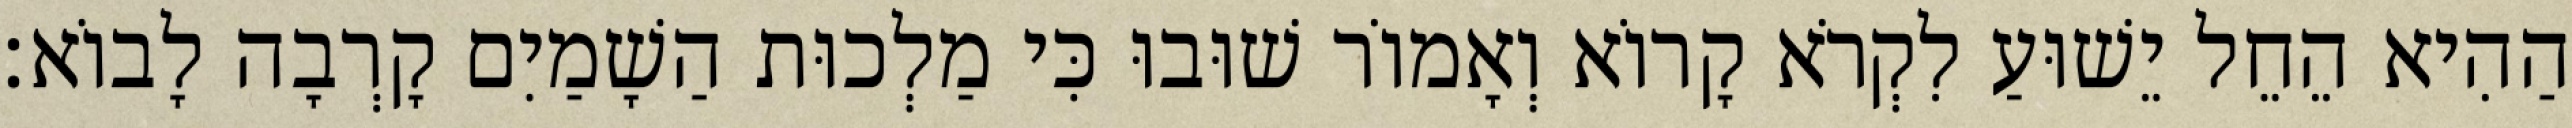
הַהִיא הֵחֵל יֵשׁוּעַ לִקְרֹא קָרוֹא וְאָמוֹר שׁוּבוּ כִּי מַלְכוּת הַשָׁמַיִם קָרְבָה לָבוֹא׃